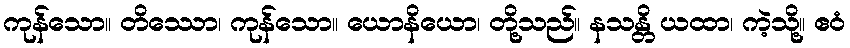
ကုန်သော။ တိဿော၊ ကုန်သော။ ယောနိယော၊ တို့သည်။ နသန္တိ ယထာ၊ ကဲ့သို့။ ဧဝံ